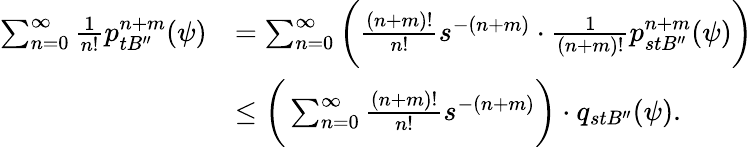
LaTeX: \begin{array}{rl}{\sum_{n=0}^{\infty}{\frac{1}{n!}}p_{tB^{\prime\prime}}^{n+m}(\psi)}&{=\sum_{n=0}^{\infty}\bigg({\frac{(n+m)!}{n!}}s^{-(n+m)}\cdot{\frac{1}{(n+m)!}}p_{stB^{\prime\prime}}^{n+m}(\psi)\bigg)}\\ &{\leq\bigg(\sum_{n=0}^{\infty}{\frac{(n+m)!}{n!}}s^{-(n+m)}\bigg)\cdot q_{stB^{\prime\prime}}(\psi).}\end{array}